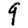
Digit: 9